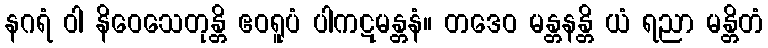
နဂရံ ဝါ နိဝေသေတုန္တိ ဧဝရူပံ ပါကဋမန္တနံ။ တဒေဝ မန္တနန္တိ ယံ ရညာ မန္တိတံ